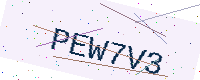
Text: PEW7V3